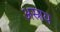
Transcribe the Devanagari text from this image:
अस्राय